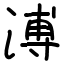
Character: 溥